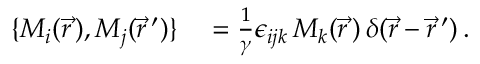
\begin{array} { r l } { \{ M _ { i } ( \vec { r \, } ) , M _ { j } ( \vec { r } \, ^ { \prime } ) \} } & { { } = \frac { 1 } { \gamma } \epsilon _ { i j k } \, M _ { k } ( \vec { r \, } ) \, \delta ( \vec { r } - \vec { r } \, ^ { \prime } ) \, . } \end{array}